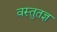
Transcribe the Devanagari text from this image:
वस्तुतज्ञ